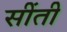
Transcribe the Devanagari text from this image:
सींती